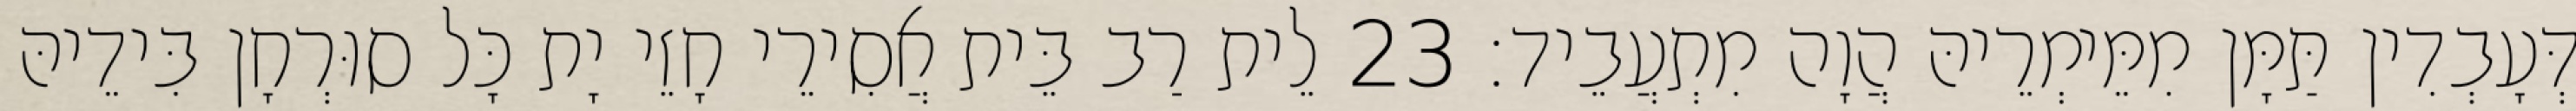
דְּעָבְדִין תַּמָּן מִמֵּימְרֵיהּ הֲוָה מִתְעֲבֵיד׃ 23 לֵית רַב בֵּית אֲסִירֵי חָזֵי יָת כָּל סוּרְחָן בִּידֵיהּ